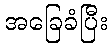
အခြေခံပြီး